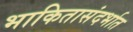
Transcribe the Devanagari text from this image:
भाकितासंदर्भात